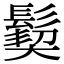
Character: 𩮁